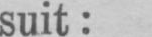
suit: